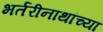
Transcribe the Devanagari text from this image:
भर्तरीनाथांच्या